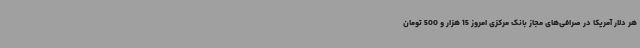
هر دلار آمریکا در صرافی‌های مجاز بانک مرکزی امروز 15 هزار و 500 تومان